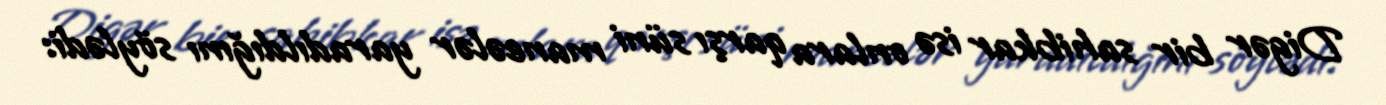
Digər bir sahibkar isə onlara qarşı süni maneələr yaradıldığını söylədi: